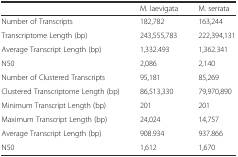
<table><thead><tr><td></td><td><b>M. laevigata</b></td><td><b>M. serrata</b></td></tr></thead><tbody><tr><td>Number of Transcripts</td><td>182,782</td><td>163,244</td></tr><tr><td>Transcriptome Length (bp)</td><td>243,555,783</td><td>222,394,131</td></tr><tr><td>Average Transcript Length (bp)</td><td>1,332.493</td><td>1,362.341</td></tr><tr><td>N50</td><td>2,086</td><td>2,140</td></tr><tr><td>Number of Clustered Transcripts</td><td>95,181</td><td>85,269</td></tr><tr><td>Clustered Transcriptome Length (bp)</td><td>86,513,330</td><td>79,970,890</td></tr><tr><td>Minimum Transcript Length (bp)</td><td>201</td><td>201</td></tr><tr><td>Maximum Transcript Length (bp)</td><td>24,024</td><td>14,757</td></tr><tr><td>Average Transcript Length (bp)</td><td>908.934</td><td>937.866</td></tr><tr><td>N50</td><td>1,612</td><td>1,670</td></tr></tbody></table>